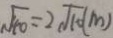
\sqrt { 4 0 } = 2 \sqrt { 1 0 } ( m )